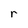
Character: r